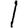
Digit: 1